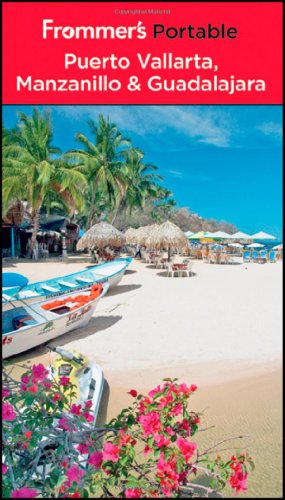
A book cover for Frommer's Portable Puerto Vallarta, Manzanillo and Guadalajara; David Baird; Travel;